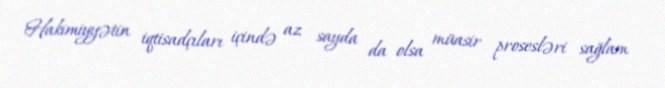
Hakimiyyətin iqtisadçıları içində az sayda da olsa müasir prosesləri sağlam